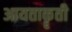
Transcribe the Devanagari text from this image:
आयताकॄती